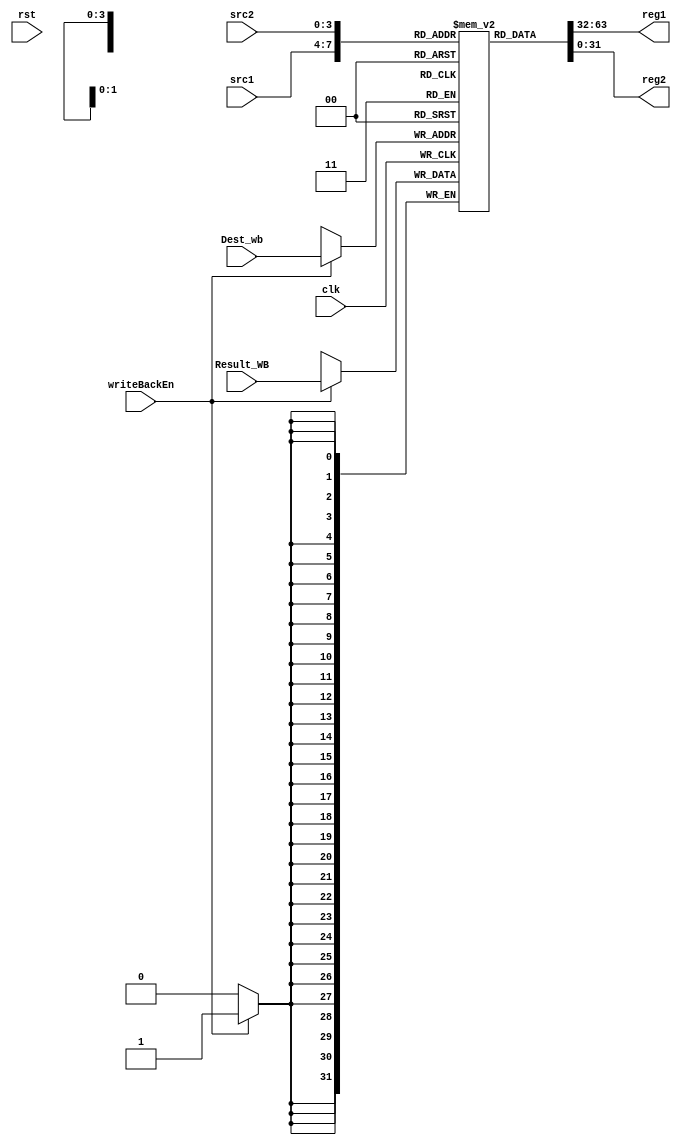
module RegisterFile (
    input clk, rst, 
    input[3:0] src1, src2, Dest_wb,
    input[31:0] Result_WB,
    input writeBackEn,
    output [31:0] reg1, reg2
);

    integer i;
    reg [31:0] registers [0:14];
    
    initial begin
        for (i=0; i<15 ; i= i+1 ) begin
            registers[i] = i;
        end
    end

    assign reg1 = registers[src1];
    assign reg2 = registers[src2];

    always @(negedge clk) begin
        if(writeBackEn == 1'b1)
            registers[Dest_wb] <= Result_WB;        
    end
endmodule